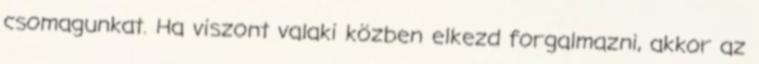
csomagunkat. Ha viszont valaki közben elkezd forgalmazni, akkor az